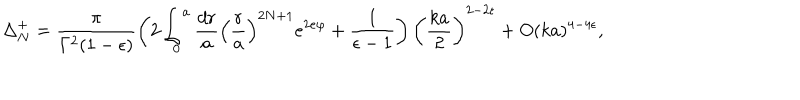
\Delta _ { N } ^ { + } = \frac { \pi } { \Gamma ^ { 2 } ( 1 - \epsilon ) } \left( 2 \int _ { 0 } ^ { a } \frac { d r } { a } \left( \frac { r } { a } \right) ^ { 2 N + 1 } e ^ { 2 e \varphi } + \frac { 1 } { \epsilon - 1 } \right) \left( \frac { k a } { 2 } \right) ^ { 2 - 2 \epsilon } + O ( k a ) ^ { 4 - 4 \epsilon } ,